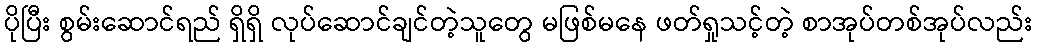
ပိုပြီး စွမ်းဆောင်ရည် ရှိရှိ လုပ်ဆောင်ချင်တဲ့သူတွေ မဖြစ်မနေ ဖတ်ရှုသင့်တဲ့ စာအုပ်တစ်အုပ်လည်း